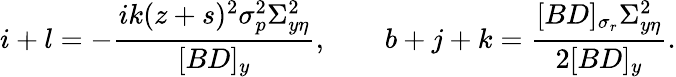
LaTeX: i+l=-\frac{ik(z+s)^{2}\sigma_{p}^{2}\Sigma_{y\eta}^{2}}{[BD]_{y}},\qquad b+j+k=\frac{[BD]_{\sigma_{r}}\Sigma_{y\eta}^{2}}{2[BD]_{y}}.